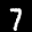
Label: 7